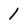
Character: I